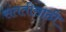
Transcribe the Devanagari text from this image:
संततीसाठी